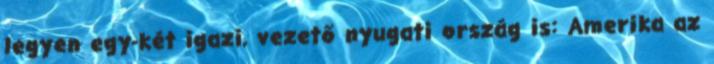
legyen egy-két igazi, vezető nyugati ország is: Amerika az